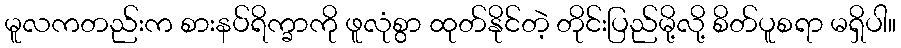
မူလကတည်းက စားနပ်ရိက္ခာကို ဖူလုံစွာ ထုတ်နိုင်တဲ့ တိုင်းပြည်မို့လို့ စိတ်ပူစရာ မရှိပါ။